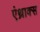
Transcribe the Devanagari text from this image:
एंथ्राक्स